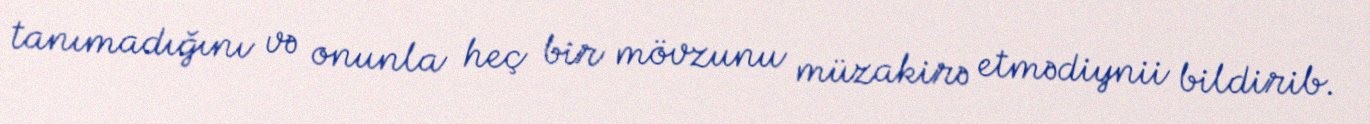
tanımadığını və onunla heç bir mövzunu müzakirə etmədiynii bildirib.